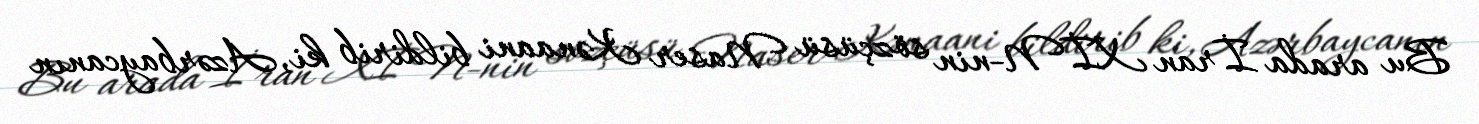
Bu arada İran XİN-nin sözçüsü Naser Kənaani bildirib ki, Azərbaycanın